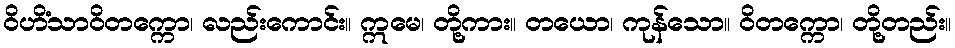
ဝိဟိံသာဝိတက္ကော၊ လည်းကောင်း။ ဣမေ၊ တို့ကား။ တယော၊ ကုန်သော။ ဝိတက္ကော၊ တို့တည်း။